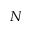
N